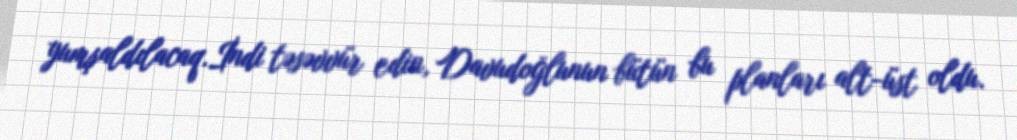
yumşaldılacaq.İndi təsəvvür edin, Davudoğlunun bütün bu planları alt-üst oldu.